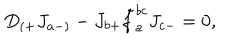
D _ { ( + } J _ { a - ) } - J _ { b + } \tilde { f } _ { a } ^ { b c } J _ { c - } = 0 ,